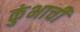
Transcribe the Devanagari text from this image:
कुंभाची